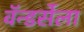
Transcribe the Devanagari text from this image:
वॅन्डर्सेला